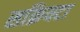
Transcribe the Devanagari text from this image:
सक्रियटा